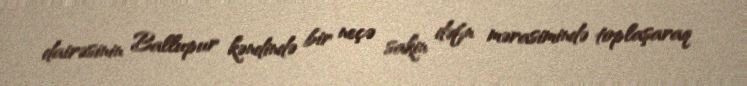
dairəsinin Ballupur kəndində bir neçə sakin dəfn mərasimində toplaşaraq